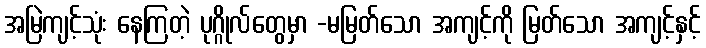
အမြဲကျင့်သုံး နေကြတဲ့ ပုဂ္ဂိုလ်တွေမှာ -မမြတ်သော အကျင့်ကို မြတ်သော အကျင့်နှင့်